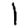
Digit: 1